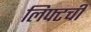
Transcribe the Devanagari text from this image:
लिफ्टची